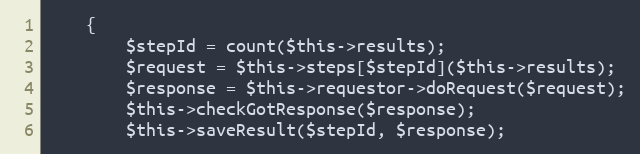
Language: PHP
    {
        $stepId = count($this->results);
        $request = $this->steps[$stepId]($this->results);
        $response = $this->requestor->doRequest($request);
        $this->checkGotResponse($response);
        $this->saveResult($stepId, $response);